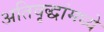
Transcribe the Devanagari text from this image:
अतिवृद्धांमध्ये